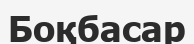
Боқбасар